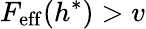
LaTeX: F_{\mathrm{eff}}(h^{*})>v